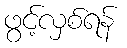
ဖွင့်လှစ်ရန်